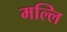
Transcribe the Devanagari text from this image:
मल्लि